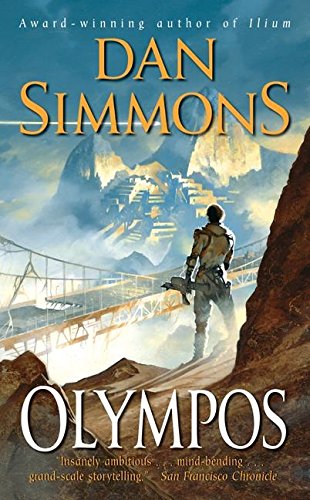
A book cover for Olympos; Dan Simmons; Literature & Fiction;